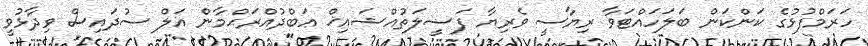
ހަރަމްފުޅުގެ ކަންކަން ބަލަހައްޓަވާ ރިޔާސީ ވެރިޔާ ފަޟީލަތުއްޝައިޚް ޢަބްދުއްރަޙްމާން އަލް ސުދައިސް ވިދާޅުވީ